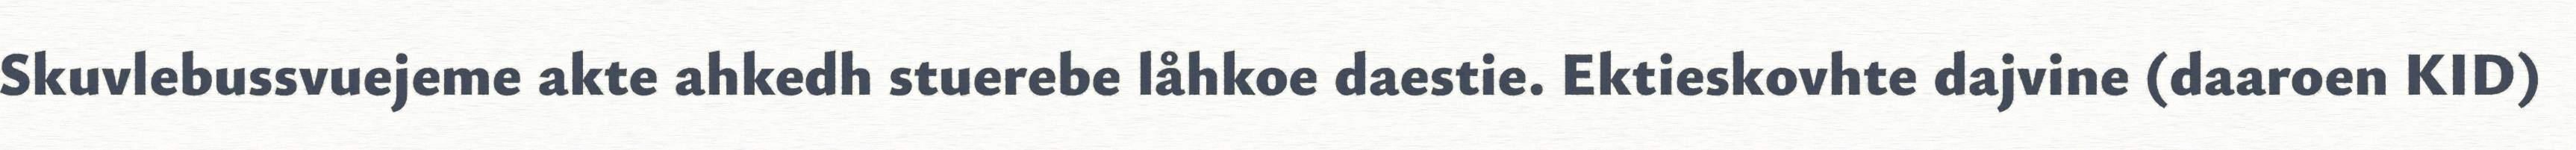
Skuvlebussvuejeme akte ahkedh stuerebe låhkoe daestie. Ektieskovhte dajvine (daaroen KID)